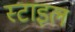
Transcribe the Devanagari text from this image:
स्‍टाइल